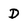
Character: D